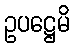
ဥပဋ္ဌေမိ